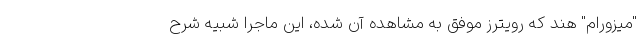
"میزورام" هند که رویترز موفق به مشاهده آن شده، این ماجرا شبیه شرح